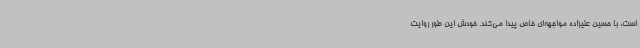
است، با حسین علیزاده مواجهه‌ای خاص پیدا می‌کند. خودش این‌ طور روایت